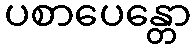
ပစာပေန္တော